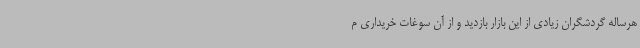
هرساله گردشگران زیادی از این بازار بازدید و از آن سوغات خریداری م